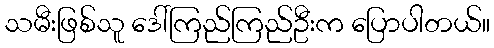
သမီးဖြစ်သူ ဒေါ်ကြည်ကြည်ဦးက ပြောပါတယ်။